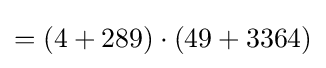
=(4+289)\cdot (49+3364)